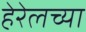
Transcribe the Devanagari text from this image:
हेरेलच्या